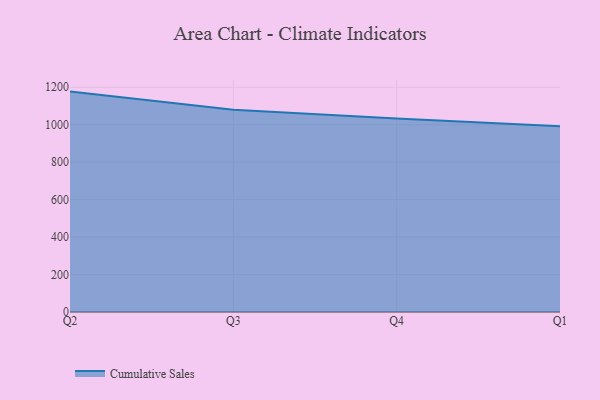
{"axis": {"x": "Quarter", "y": "LTV (USD)"}, "legend": ["Cumulative Sales"], "data": [{"x": "Q2", "y": 1176.7, "type": "Cumulative Sales"}, {"x": "Q3", "y": 1079.9, "type": "Cumulative Sales"}, {"x": "Q4", "y": 1033.6, "type": "Cumulative Sales"}, {"x": "Q1", "y": 992.0, "type": "Cumulative Sales"}]}